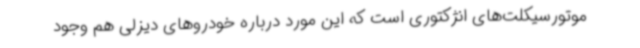
موتورسیکلت‌های انژکتوری است که این مورد درباره خودروهای دیزلی هم وجود